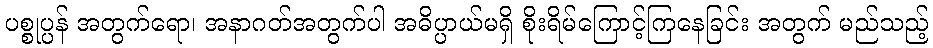
ပစ္စုပ္ပန် အတွက်ရော၊ အနာဂတ်အတွက်ပါ အဓိပ္ပာယ်မရှိ စိုးရိမ်ကြောင့်ကြနေခြင်း အတွက် မည်သည့်